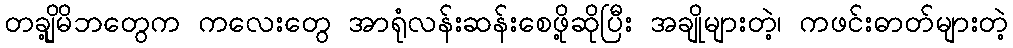
တချို့မိဘတွေက ကလေးတွေ အာရုံလန်းဆန်းစေဖို့ဆိုပြီး အချိုများတဲ့၊ ကဖင်းဓာတ်များတဲ့